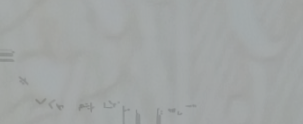
أدوات منزلية عالية الجودة